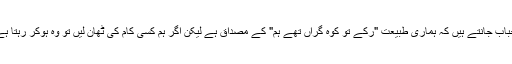
احباب جانتے ہیں کہ ہماری طبیعت "رکے تو کوہ گراں تھے ہم" کے مصداق ہے لیکن اگر ہم کسی کام کی ٹھان لیں تو وہ ہوکر رہتا ہے۔